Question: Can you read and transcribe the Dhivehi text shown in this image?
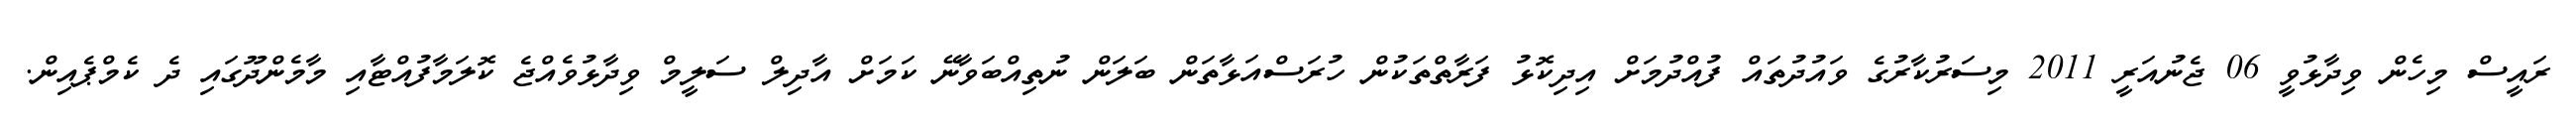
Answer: ރައީސް މިހެން ވިދާޅުވީ 06 ޖެނުއަރީ 2011 މިސަރުކާރުގެ ވައުދުތައް ފުއްދުމަށް އިދިކޮޅު ފަރާތްތަކުން ހުރަސްއަޅާތަން ބަލަން ނުތިއްބަވާނޭ ކަމަށް އާދިލް ސަލީމް ވިދާޅުވެއްޖެ ކޮލަމާފުއްޓާއި މާމެންދޫގައި ދެ ކެމްޕެއިން.